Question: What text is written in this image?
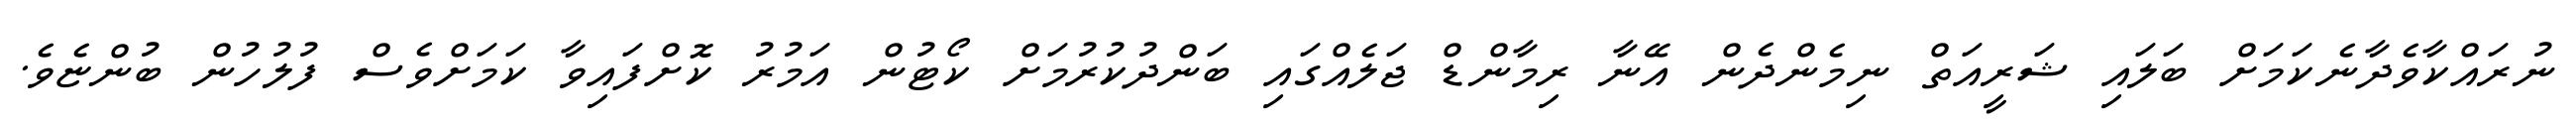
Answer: ނުރައްކާވެދާނެކަމަށް ބަލައި ޝަރީއަތް ނިމެންދެން އޭނާ ރިމާންޑް ޖަލެއްގައި ބަންދުކުރުމަށް ކޯޓުން އަމުރު ކޮށްފައިވާ ކަމަށްވެސް ފުލުހުން ބުންޏެވެ.